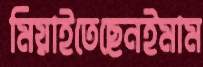
মিয়াইতেছেনইমাম